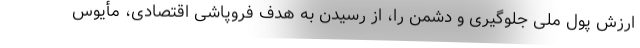
ارزش پول ملی جلوگیری و دشمن را، از رسیدن به هدف فروپاشی اقتصادی، مأیوس